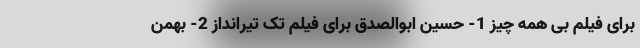
برای فیلم بی همه چیز 1- حسین ابوالصدق برای فیلم تک تیرانداز 2- بهمن